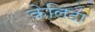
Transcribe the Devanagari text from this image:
केलिटा